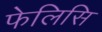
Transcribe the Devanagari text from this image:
फेलिसि